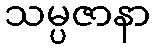
သမ္ပဇာနာ